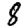
Digit: 8